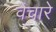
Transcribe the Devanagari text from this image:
वेचारे